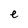
Character: e